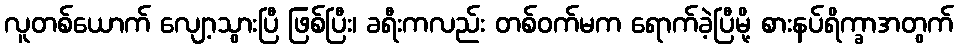
လူတစ်ယောက် လျော့သွားပြီ ဖြစ်ပြီး၊ ခရီးကလည်း တစ်ဝက်မက ရောက်ခဲ့ပြီမို့ စားနပ်ရိက္ခာအတွက်